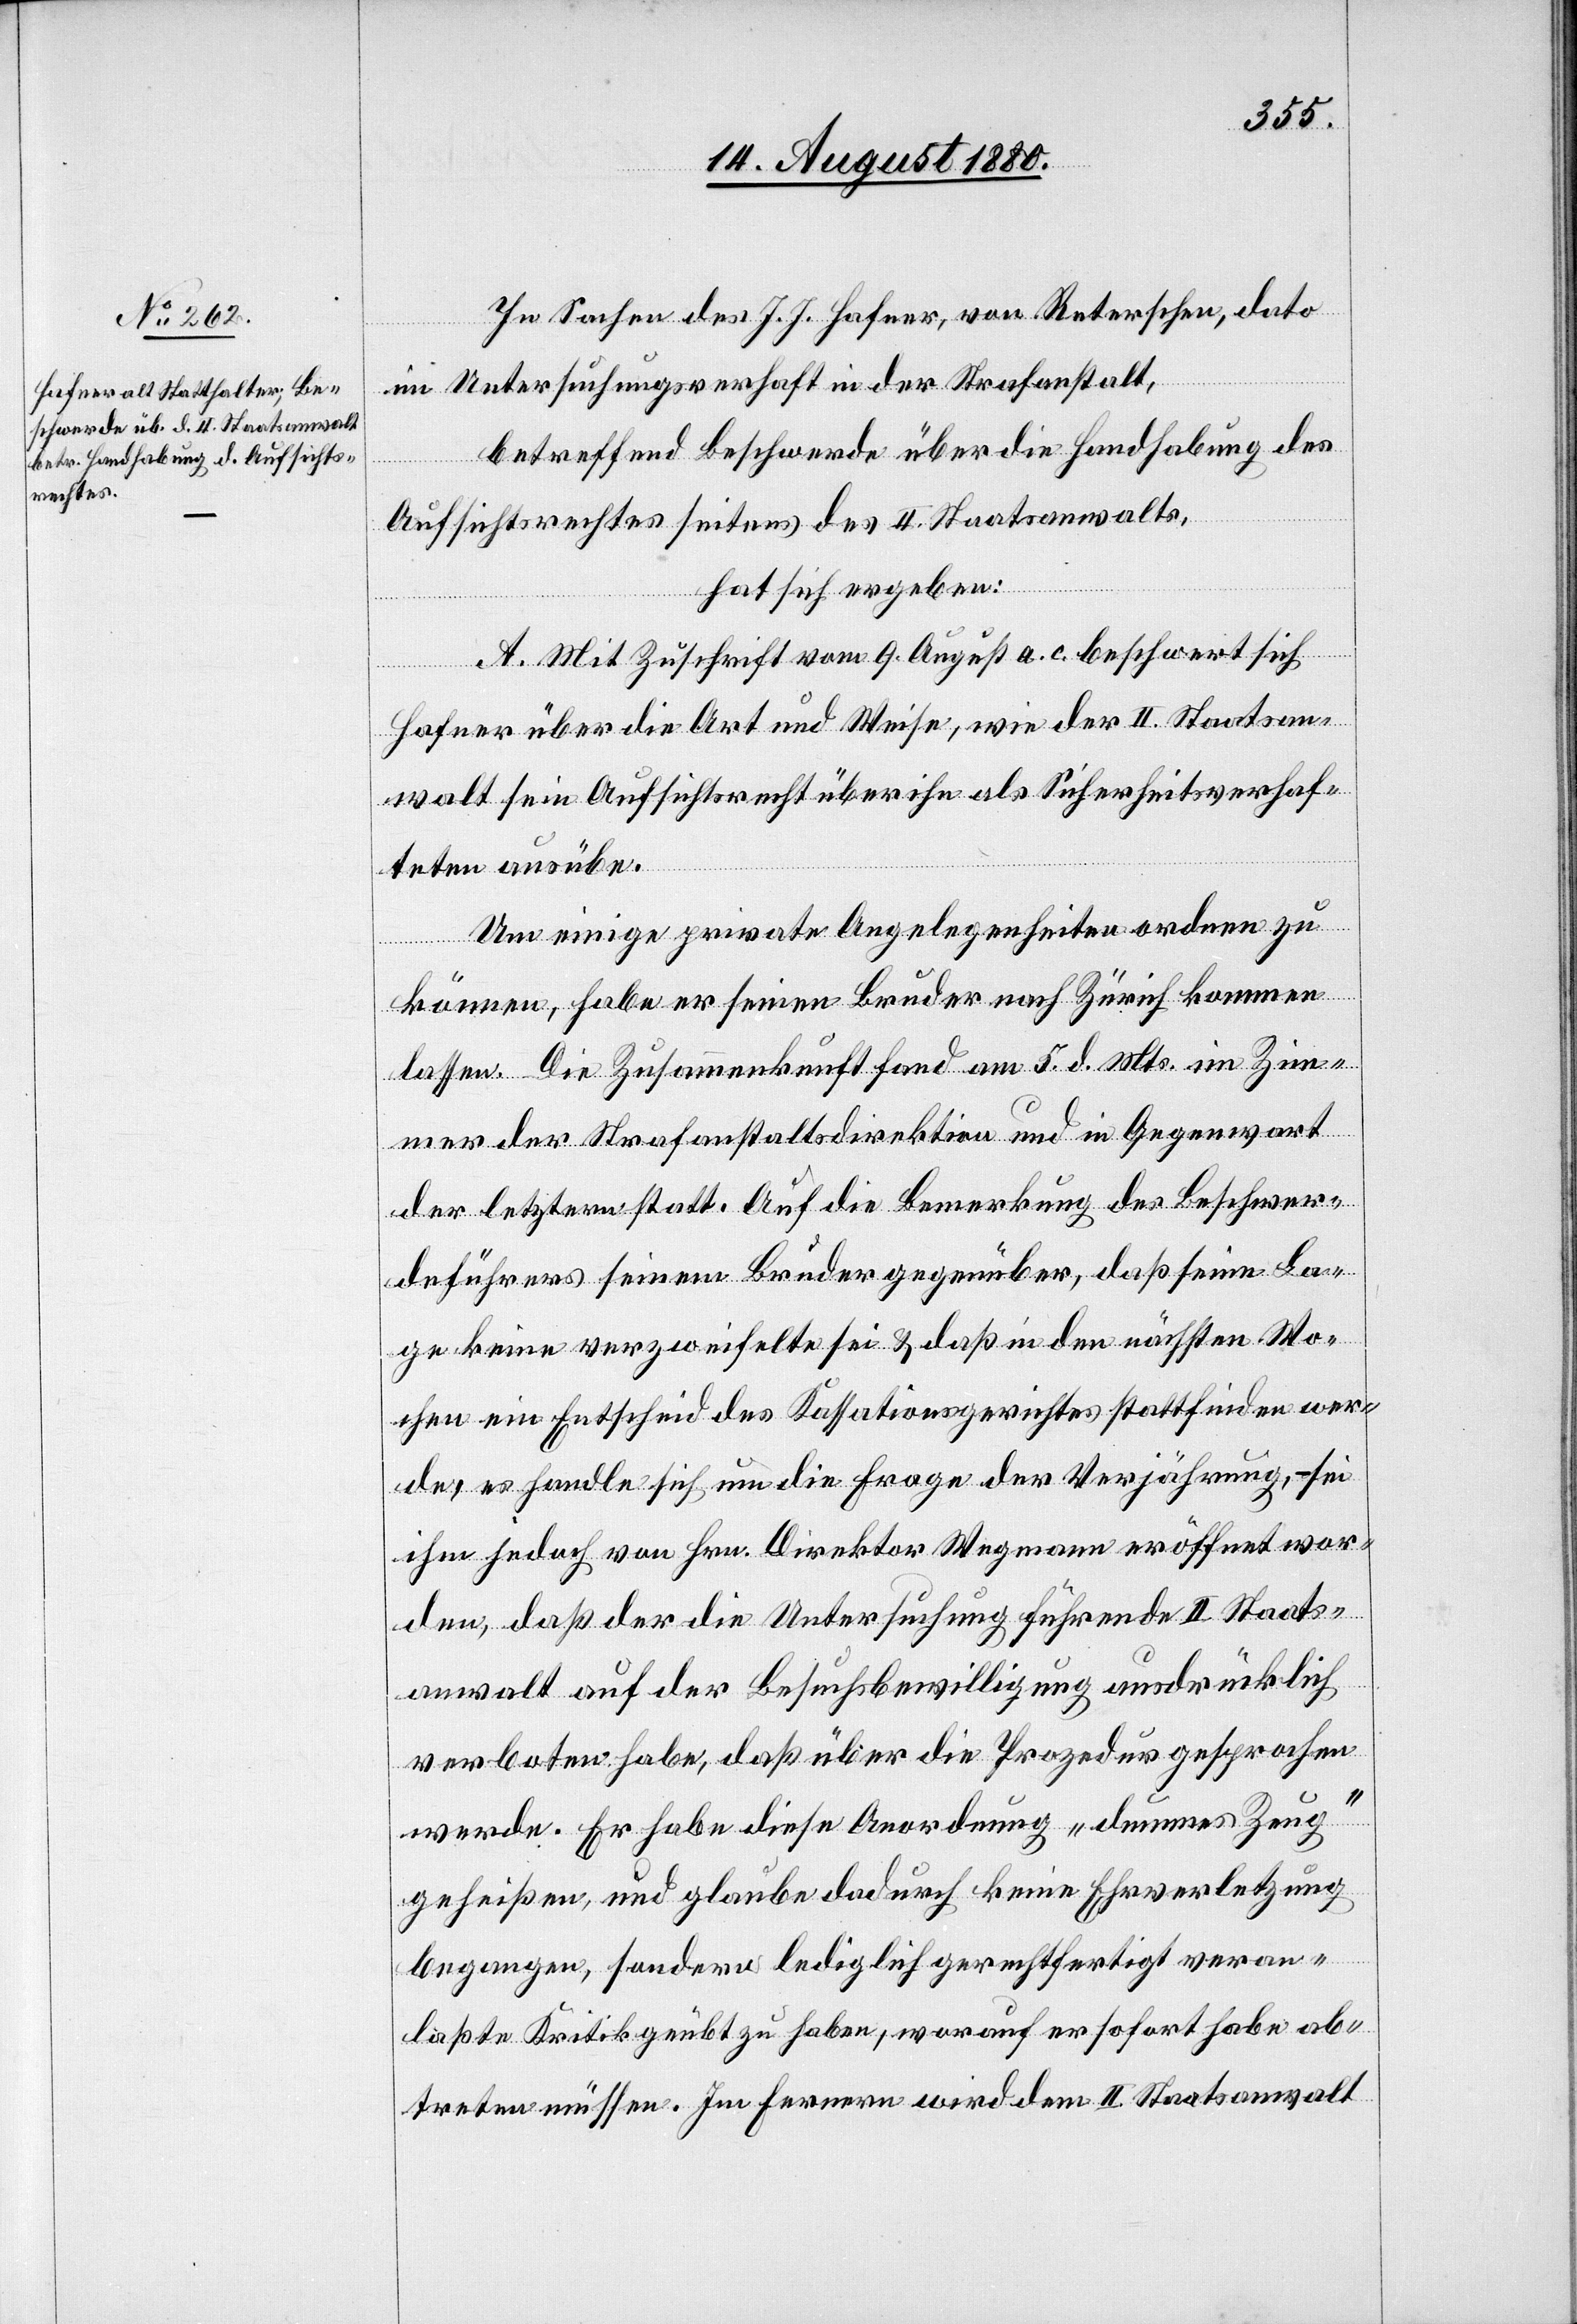
In Sachen des J. J. Hafners, von Reterschen, dato
im Untersuchungsverhaft in der Strafanstalt,
betreffend Beschwerde über die Handhabung des
Aufsichtsrechtes seitens des II. Staatsanwalts,
hat sich ergeben:
A. Mit Zuschrift vom 9. August a. c. beschwert sich
Hafner über die Art und Weise, wie der II. Staatsan¬
walt sein Aufsichtsrecht über ihn als Sicherheitsverhaf¬
teten ausübe.
Um einige private Angelegenheiten ordnen zu
können, habe er seinen Bruder nach Zürich kommen
lassen. Die Zusammenkunft fand am 5. d. Mts. im Zim¬
mer der Strafanstaltsdirektion und in Gegenwart
der letzteren statt. Auf die Bemerkung, des Beschwer¬
deführers seinem Bruder gegenüber, daß seine La¬
ge keine verzweifelte sei & daß in den nächsten Wo¬
chen ein Entscheid des Kassationsgerichtes stattfinden wer¬
de, es handle sich um die Frage der Verjährung, – sei
ihm jedoch von Hrn. Direktor Wegmann eröffnet wor¬
den, daß der die Untersuchung führende II. Staats¬
anwalt auf der Besuchsbewilligung ausdrücklich
verboten habe, daß über die Prozedur gesprochen
werde. Er habe diese Anordnung „dummes Zeug“
geheißen, und glaube dadurch keine Ehrverletzung
begangen, sondern lediglich gerechtfertigt veran¬
laßte Kritik geübt zu haben, worauf er sofort habe ab¬
treten müssen. Im Fernern wird dem II. Staatsanwalt